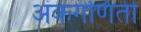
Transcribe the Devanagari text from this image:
अंकगणिती